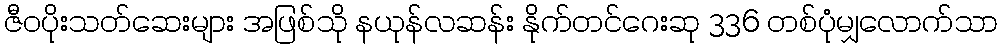
ဇီဝပိုးသတ်ဆေးများ အဖြစ်သို နယုန်လဆန်း နိုက်တင်ဂေးဆု 336 တစ်ပုံမျှလောက်သာ